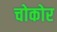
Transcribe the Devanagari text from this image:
चोकोर